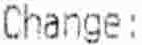
CHANGE: